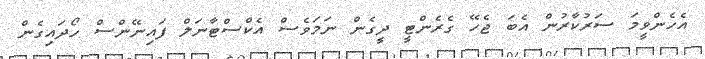
އެހެންވީމަ ސަރުކާރުން އެބަ ޖެހޭ ގެރެންޓީ ދީގެން ނަމަވެސް އެކްސްޓާނަލް ފައިނޭންސް ހޯދައިގެން